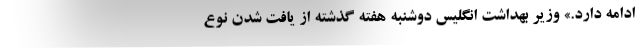
ادامه دارد.» وزیر بهداشت انگلیس دوشنبه هفته گذشته از یافت شدن نوع